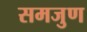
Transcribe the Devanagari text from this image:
समजुण